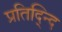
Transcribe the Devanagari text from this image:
प्रतिद्न्दि